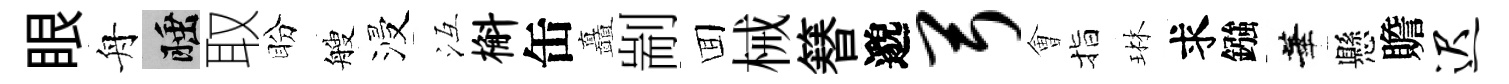
眼舟睡取盼艘浸冱槲缶矗剬囬械簮邈弓㑹指琳求鏹華懸贍迟